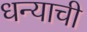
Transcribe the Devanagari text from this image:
धन्याची